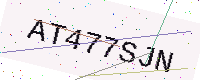
Text: AT477SJN